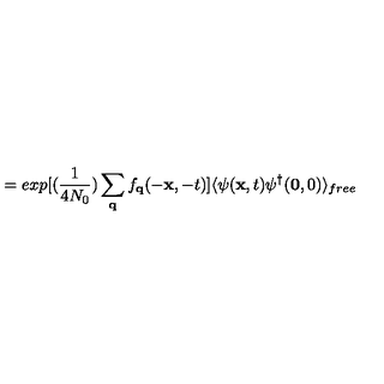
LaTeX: = e x p \mathrm { } [ \mathrm { } ( \frac { 1 } { 4 N _ { 0 } } ) \sum _ { { \bf { q } } } f _ { { \bf { q } } } ( - { \bf { x } } , - t ) \mathrm { } ] \langle \psi ( { \bf { x } } , t ) \psi ^ { \dagger } ( { \bf { 0 } } , 0 ) \rangle _ { f r e e }